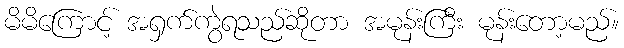
မိမိကြောင့် အရှက်ကွဲရသည်ဆိုတာ အမုန်းကြီး မုန်းတော့မည်။